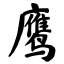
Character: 鹰